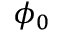
\phi _ { 0 }